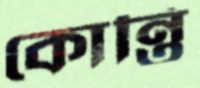
কোন্তি